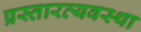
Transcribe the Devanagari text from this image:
प्रस्तारव्यवस्था